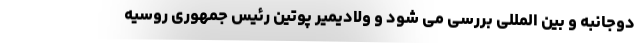
دوجانبه و بین المللی بررسی می شود و ولادیمیر پوتین رئیس جمهوری روسیه